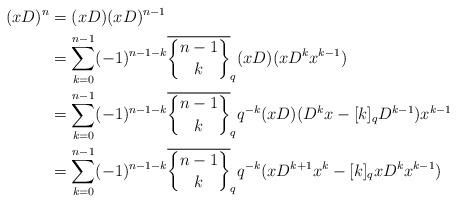
LaTeX: \begin{align*}(xD)^n &= (xD)(xD)^{n-1} \\ &= \sum_{k=0}^{n-1} (-1)^{n-1-k} \overline{{{n-1}\brace {k}}}_q (xD)(xD^{k}x^{k-1}) \\ &= \sum_{k=0}^{n-1} (-1)^{n-1-k} \overline{{{n-1}\brace {k}}}_q {q^{-k}} (xD)(D^{k}x- [k]_qD^{k-1})x^{k-1}\\ &= \sum_{k=0}^{n-1} (-1)^{n-1-k} \overline{{{n-1}\brace {k}}}_q {q^{-k}} (xD^{k+1}x^{k}- [k]_q xD^{k}x^{k-1})\\\end{align*}